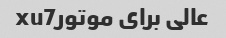
عالی برای موتورxu7